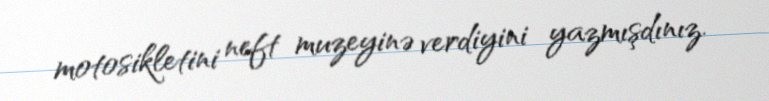
motosikletini neft muzeyinə verdiyini yazmışdınız.